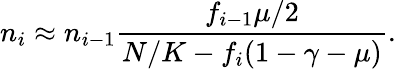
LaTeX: n_{i}\approx n_{i-1}\frac{f_{i-1}\mu/2}{N/K-f_{i}(1-\gamma-\mu)}.